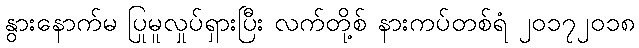
နွားနောက်မ ပြုမူလှုပ်ရှားပြီး လက်တို့စ် နားကပ်တစ်ရံ ၂၀၁၇၂၀၁၈